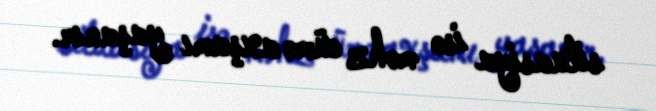
situasiya isə məhz cümə axşamı yaşanır.